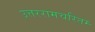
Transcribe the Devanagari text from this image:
उत्तररामचरितम्‍